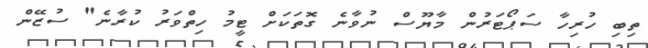
ތިބި ހުރިހާ ސަޕޯޓަރުން މާޔޫސް ނުވާނެ ގޮތަކަށް ޓީމު ހިތްވަރު ކުރާނެ" ސުޒޭން